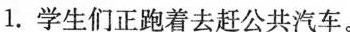
1.学生们正跑着去赶公共汽车。